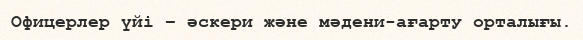
Офицерлер үйі – әскери және мәдени-ағарту орталығы.